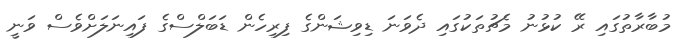
މުބާރާތުގައި ރޭ ކުޅުނު މެޗުތަކުގައި ދެވަނަ ޑިވިޝަންގެ ފިރިހެން ޑަބަލްސްގެ ފައިނަލަށްވެސް ވަނީ